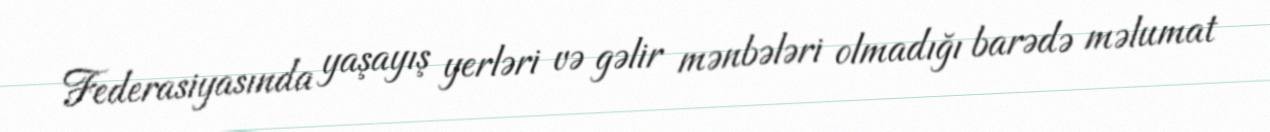
Federasiyasında yaşayış yerləri və gəlir mənbələri olmadığı barədə məlumat